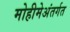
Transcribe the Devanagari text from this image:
मोहीमेअंतर्गत